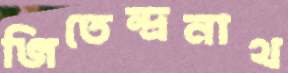
জিতেন্দ্রনাথ